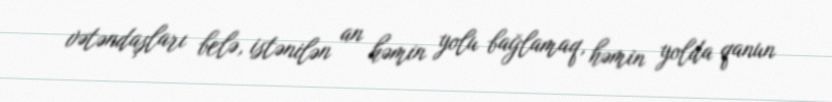
vətəndaşları belə, istənilən an həmin yolu bağlamaq, həmin yolda qanun